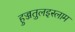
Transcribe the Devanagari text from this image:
हुज्जतुलइस्लाम